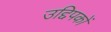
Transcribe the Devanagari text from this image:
उद्दिपकों